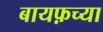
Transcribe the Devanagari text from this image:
बायफ़च्या